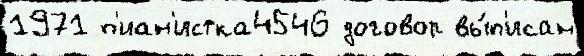
1971 п'иан'истка4546 договор вы́п'исан